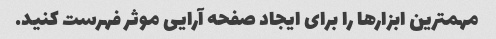
مهمترین ابزارها را برای ایجاد صفحه آرایی موثر فهرست کنید.